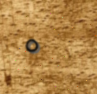
٥